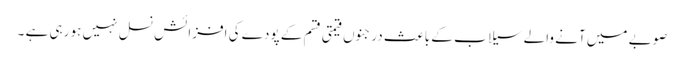
صوبے میں آنے والے سیلا ب کے باعث درجنوں قیمتی قسم کے پودے کی افزائش نسل نہیں ہو رہی ہے ۔